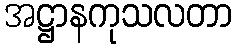
အဋ္ဌာနကုသလတာ